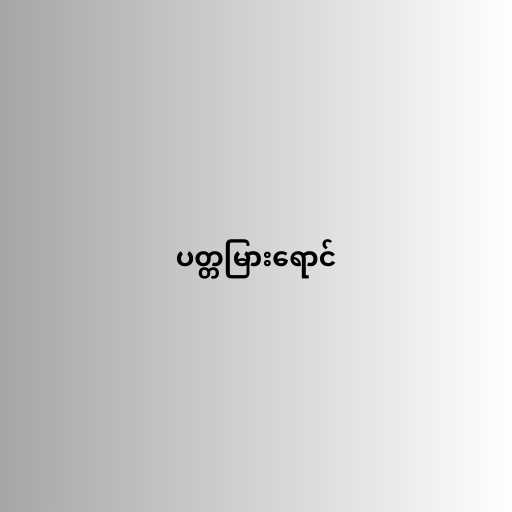
ပတ္တမြားရောင်